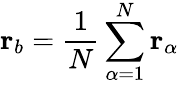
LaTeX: \mathbf{r}_{b}=\frac{1}{N}\sum_{\alpha=1}^{N}\mathbf{r}_{\alpha}